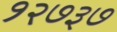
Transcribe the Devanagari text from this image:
१२७३७